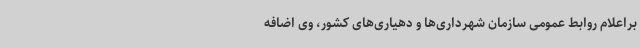
براعلام روابط عمومی سازمان شهرداری‌ها و دهیاری‌های کشور، وی اضافه